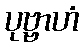
ပုဗ္ဗာဟံ